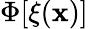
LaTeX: \Phi[\xi(\mathbf{x})]